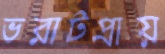
ভরাটপ্রায়